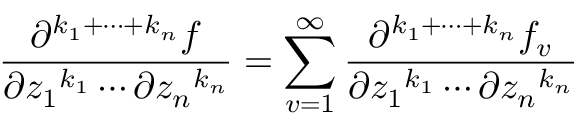
{ \frac { \partial ^ { k _ { 1 } + \cdots + k _ { n } } f } { \partial { z _ { 1 } } ^ { k _ { 1 } } \cdots \partial { z _ { n } } ^ { k _ { n } } } } = \sum _ { v = 1 } ^ { \infty } { \frac { \partial ^ { k _ { 1 } + \cdots + k _ { n } } f _ { v } } { \partial { z _ { 1 } } ^ { k _ { 1 } } \cdots \partial { z _ { n } } ^ { k _ { n } } } }